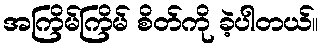
အကြိမ်ကြိမ် စိတ်ကို ခဲ့ပါတယ်။